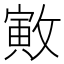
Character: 㪦